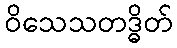
ဝိသေသတဒ္ဓိတ်